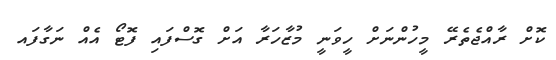
ކޮށް ރާއްޖެތެރޭ މީހުންނަށް ހީވަނީ މުޒާހަރާ އަށް ގޮސްފައި ފޮޓޯ އެއް ނަގާފައ